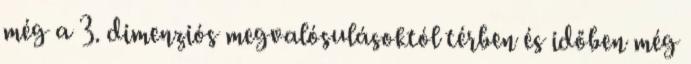
még a 3. dimenziós megvalósulásoktól térben és időben még